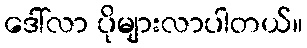
ဒေါ်လာ ပိုများလာပါတယ်။